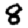
Digit: 8